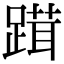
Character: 䠜